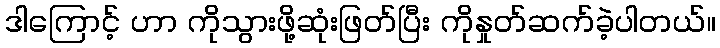
ဒါကြောင့် ဟာ ကိုသွားဖို့ဆုံးဖြတ်ပြီး ကိုနှုတ်ဆက်ခဲ့ပါတယ်။